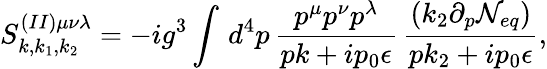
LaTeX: S_{k,k_{1},k_{2}}^{(II)\mu\nu\lambda}=-ig^{3}\int\, d^{4}p\, \frac{p^{\mu}p^{\nu}p^{\lambda}}{pk+ip_{0}\epsilon}\, \frac{(k_{2}\partial_{p}{\cal N}_{eq})}{pk_{2}+ip_{0}\epsilon},